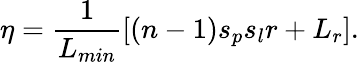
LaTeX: \eta=\frac{1}{L_{min}}\left[(n-1)s_{p}s_{l}r+L_{r}\right].